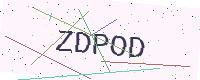
Text: ZDPOD